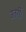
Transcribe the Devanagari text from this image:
उतरीं।